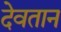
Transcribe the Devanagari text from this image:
देवतान